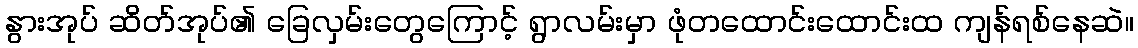
နွားအုပ် ဆိတ်အုပ်၏ ခြေလှမ်းတွေကြောင့် ရွာလမ်းမှာ ဖုံတထောင်းထောင်းထ ကျန်ရစ်နေဆဲ။